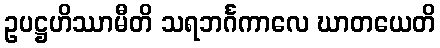
ဥပဋ္ဌဟိဿာမီတိ သရဘင်္ဂကာလေ ဃာတယေတိ